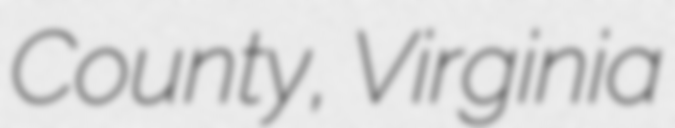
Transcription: County, Virginia